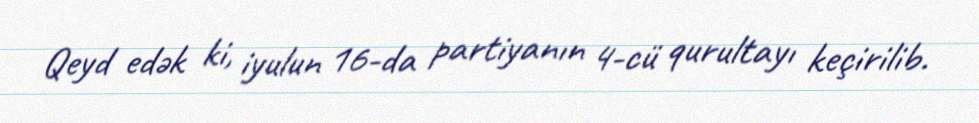
Qeyd edək ki, iyulun 16-da partiyanın 4-cü qurultayı keçirilib.